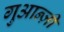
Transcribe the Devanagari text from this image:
गुआन्ज़ी